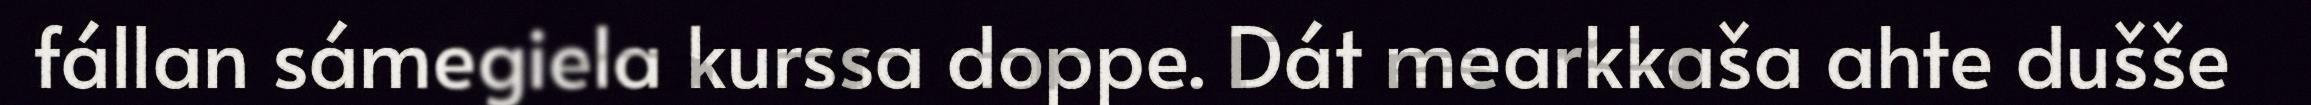
fállan sámegiela kurssa doppe. Dát mearkkaša ahte dušše